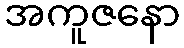
အကူဇနော